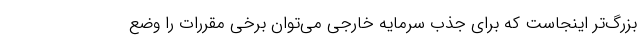
بزرگ‌تر اینجاست که برای جذب سرمایه خارجی می‌توان برخی مقررات را وضع